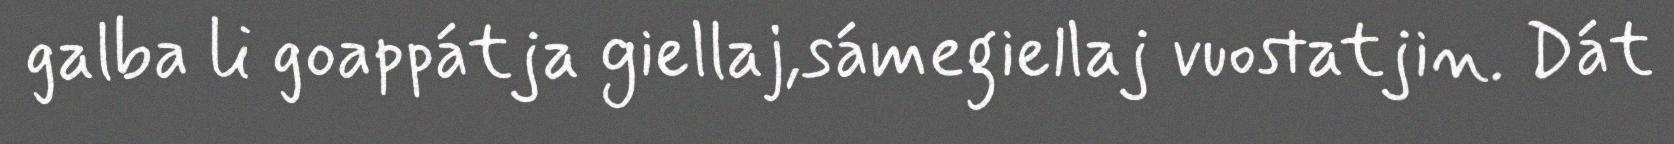
galba li goappátja giellaj,sámegiellaj vuostatjin. Dát